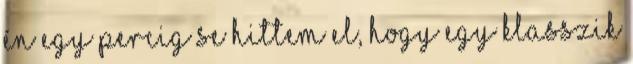
én egy percig se hittem el, hogy egy klasszik